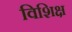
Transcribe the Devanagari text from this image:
विशिक्ष